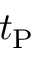
t _ { \mathrm { P } }